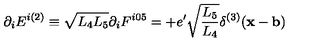
\partial _ { i } E ^ { i ( 2 ) } \equiv \sqrt { L _ { 4 } L _ { 5 } } \partial _ { i } F ^ { i 0 5 } = + e ^ { \prime } \sqrt { \frac { L _ { 5 } } { L _ { 4 } } } \delta ^ { ( 3 ) } ( { \bf x } - { \bf b } )